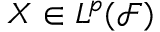
X \in L ^ { p } ( { \mathcal { F } } )